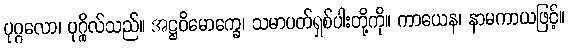
ပုဂ္ဂလော၊ ပုဂ္ဂိုလ်သည်။ အဋ္ဌဝိမောက္ခေ၊ သမာပတ်ရှစ်ပါးတို့ကို။ ကာယေန၊ နာမကာယဖြင့်။